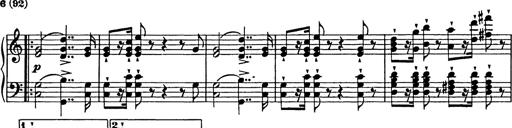
Title: Festmarsch zur SÃ¤cularfeier von Goethes Geburtstag
Composer: Franz Liszt